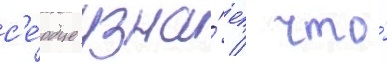
с'е́рдце узна́ет / что́